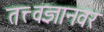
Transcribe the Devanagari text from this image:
तत्त्वज्ञानवर